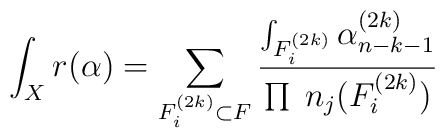
\int_X r(\alpha) = \sum_{F^{(2k)}_i \subset F}                   \frac{                   \int_{F_i^{(2k)}} \alpha_{n-k-1}^{(2k)}}                   {\prod \; n_j(F_i^{(2k)})}